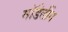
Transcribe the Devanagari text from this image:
मॉडेलींग